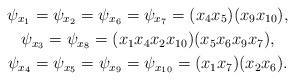
LaTeX: \begin{gather*}\psi_{x_1}=\psi_{x_2}=\psi_{x_6}=\psi_{x_7}=(x_4x_5)(x_9x_{10}),\\\psi_{x_3}=\psi_{x_8}=(x_1x_4x_2x_{10})(x_5x_6x_9x_7),\\\psi_{x_4}=\psi_{x_5}=\psi_{x_9}=\psi_{x_{10}}=(x_1x_7)(x_2x_6).\end{gather*}